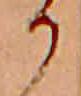
か